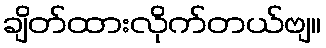
ချိတ်ထားလိုက်တယ်ဗျ။